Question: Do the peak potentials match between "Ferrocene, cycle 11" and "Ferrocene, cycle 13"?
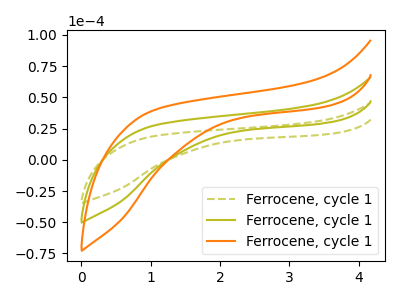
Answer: <think>The olive dashed curve "Ferrocene, cycle 11" has no peaks. The olive curve "Ferrocene, cycle 12" has no peaks. The orange curve "Ferrocene, cycle 13" has no peaks.</think>
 <answer>Niether CV has any peaks.</answer>
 <eval>blanks</eval>